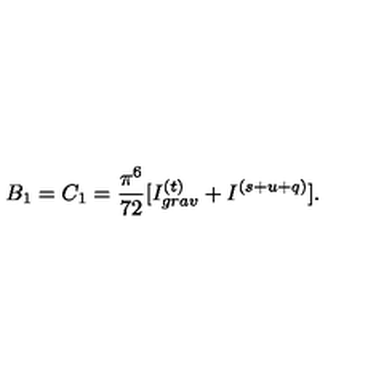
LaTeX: B _ { 1 } = C _ { 1 } = \frac { \pi ^ { 6 } } { 7 2 } [ I _ { g r a v } ^ { ( t ) } + I ^ { ( s + u + q ) } ] .